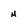
Character: H